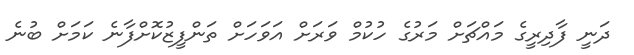
ދަނީ ފާދިރީގެ މައްޗަށް މަރުގެ ހުކުމް ވަރަށް އަވަހަށް ތަންފީޒުކޮށްފާނެ ކަމަށް ބުނެ